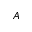
_ A